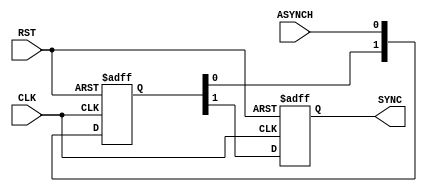
module BIT_SYNC #(parameter NUM_STAGES = 2, BUS_WIDTH = 1)
(
    input   wire [BUS_WIDTH-1:0]    ASYNCH                          								,
    input   wire                    RST                             								,
    input   wire                    CLK                             								,

    output  reg  [BUS_WIDTH-1:0]    SYNC
);

/********************************************************************************/
/********************************************************************************/

    reg          [NUM_STAGES-1:0]   register    [BUS_WIDTH-1:0]   									;
	integer 						counter															;

/********************************************************************************/
/********************************************************************************/

	always @(posedge CLK or negedge RST) 
		begin

			if(!RST)

				for (counter = 0 ; counter < BUS_WIDTH ; counter = counter + 1 ) 
					begin

						register[counter] <= 'b0													;
						SYNC[counter]	  <= 'b0													;
					
					end                            	                                                                                      
				
			else
				begin

					for (counter = 0 ; counter < BUS_WIDTH ; counter = counter + 1 ) 

						{SYNC[counter],register[counter]} <= {register[counter],ASYNCH[counter]}	;
							
				end	
		end

endmodule